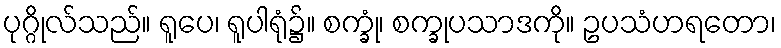
ပုဂ္ဂိုလ်သည်။ ရူပေ၊ ရူပါရုံ၌။ စက္ခုံ၊ စက္ခုပသာဒကို။ ဥပသံဟရတော၊